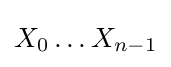
X_{0}\ldots X_{n-1}